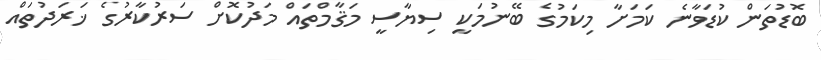
ބޮޑުތަން ކުޑަވާނެ ކަމަށާ މިކަމުގެ ބޭނުމަކީ ސިޔާސީ މަޤާމްތައް މަދުކޮށް ސަރުކާރުގެ ޚަރަދުތައް